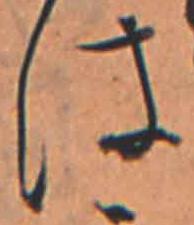
は